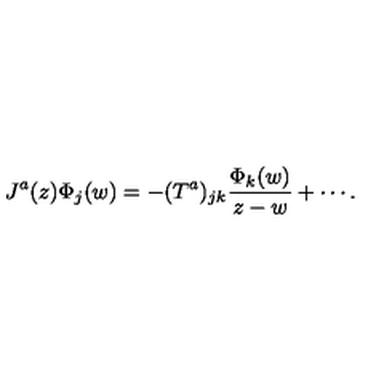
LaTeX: J ^ { a } ( z ) \Phi _ { j } ( w ) = - ( T ^ { a } ) _ { j k } \frac { \Phi _ { k } ( w ) } { z - w } + \cdots .